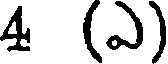
4 (ఎ)